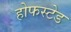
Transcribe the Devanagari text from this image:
होफस्टेड